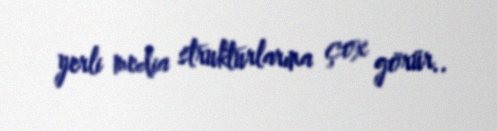
yerli media strukturlarına çox görür..